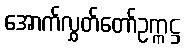
အောက်လွှတ်တော်ဥက္ကဋ္ဌ